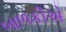
બાળકીએ